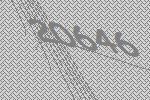
20646